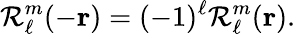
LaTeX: \mathcal{R}_{\ell}^{m}(-\mathbf{{r}})=(-1)^{\ell}\mathcal{R}_{\ell}^{m}(\mathbf{{r}}).